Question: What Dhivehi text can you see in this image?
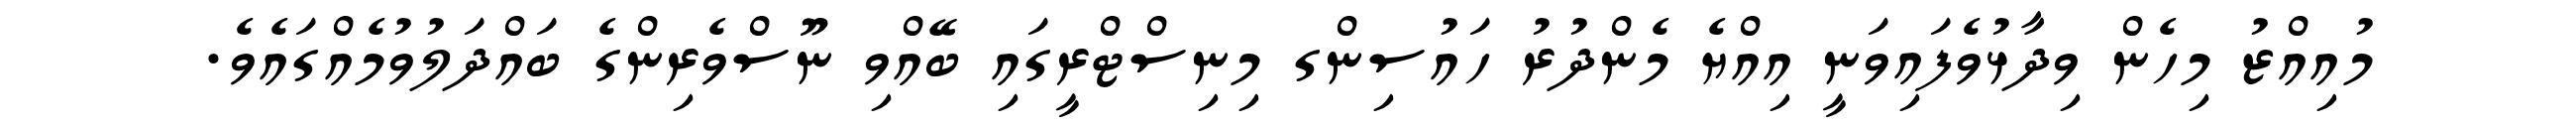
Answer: މުއިއްޒު މިހެން ވިދާޅުވެފައިވަނީ އިއްޔެ މެންދުރު ހައުސިންގ މިނިސްޓްރީގައި ބޭއްވި ނޫސްވެރިންގެ ބައްދަލުވުމެއްގައެވެ.